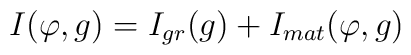
I(\varphi, g)=I_{gr}(g)+I_{mat}(\varphi, g)